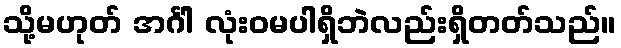
သို့မဟုတ် အင်္ဂါ လုံးဝမပါရှိဘဲလည်းရှိတတ်သည်။